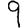
Digit: 9